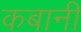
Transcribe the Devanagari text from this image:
कबानी